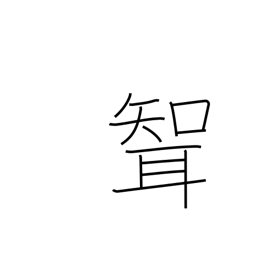
Meaning: son-in-law